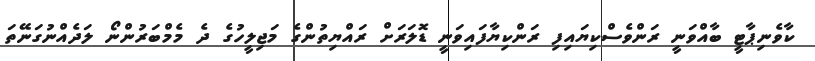
ކާވެނިޕާޓީ ބާއްވަނީ ރަންވެސްކިޔައިފި ރަންކިޔާފައިވަނީ ޑޮލަރަށް ރައްޔިތުންގެ މަޖިލީހުގެ ދެ މެމްބަރުންނޯ ލަދެއްނުގަނޭތަ